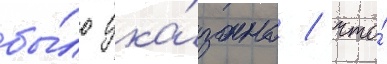
бы́ло ука́зано / что́